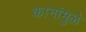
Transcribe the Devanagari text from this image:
कानांमुळे